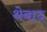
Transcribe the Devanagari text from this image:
थेबाद